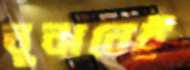
বুঝবেই